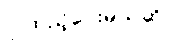
ပို ထည့်ပေးမယ်ဆို။